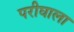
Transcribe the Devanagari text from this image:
परीघाला